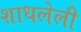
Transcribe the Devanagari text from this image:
शाधलेली